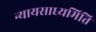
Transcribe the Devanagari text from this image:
न्यायसाध्यमिति